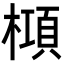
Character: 𬄝